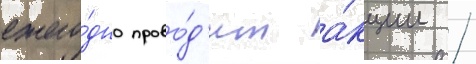
ежего́дно прово́д'ит а́кции /